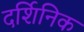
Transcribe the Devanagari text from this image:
दर्शिनिक